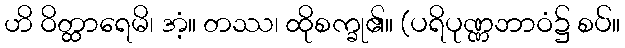
ဟိ ဝိတ္ထာရေမိ၊ အံ့။ တဿ၊ ထိုစက္ခု၏။ (ပရိပုဏ္ဏဘာဝံ၌ စပ်။